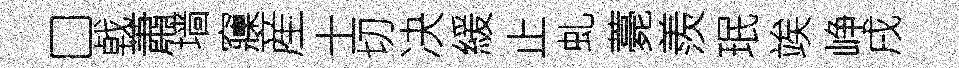
□㦸蕭墙䆿産士切决緩止虬薧羨珉竢峥戌